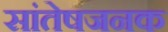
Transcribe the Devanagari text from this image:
सांतेषजनक